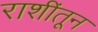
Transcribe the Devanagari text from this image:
राशींतून